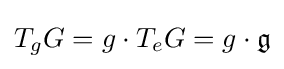
T_{g}G=g\cdot T_{e}G=g\cdot {\mathfrak {g}}